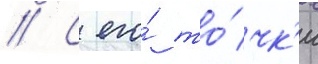
// С его́ то́чк'и